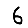
Digit: 6